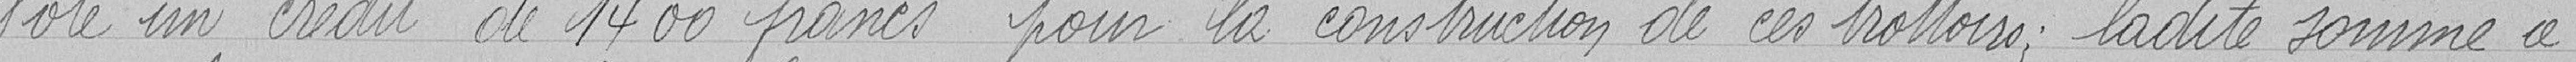
Vote un crédit de 1400 francs pour la construction de ces trottoirs; ladite somme à